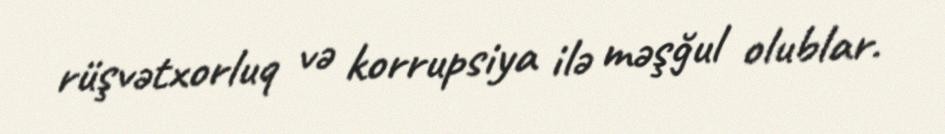
rüşvətxorluq və korrupsiya ilə məşğul olublar.